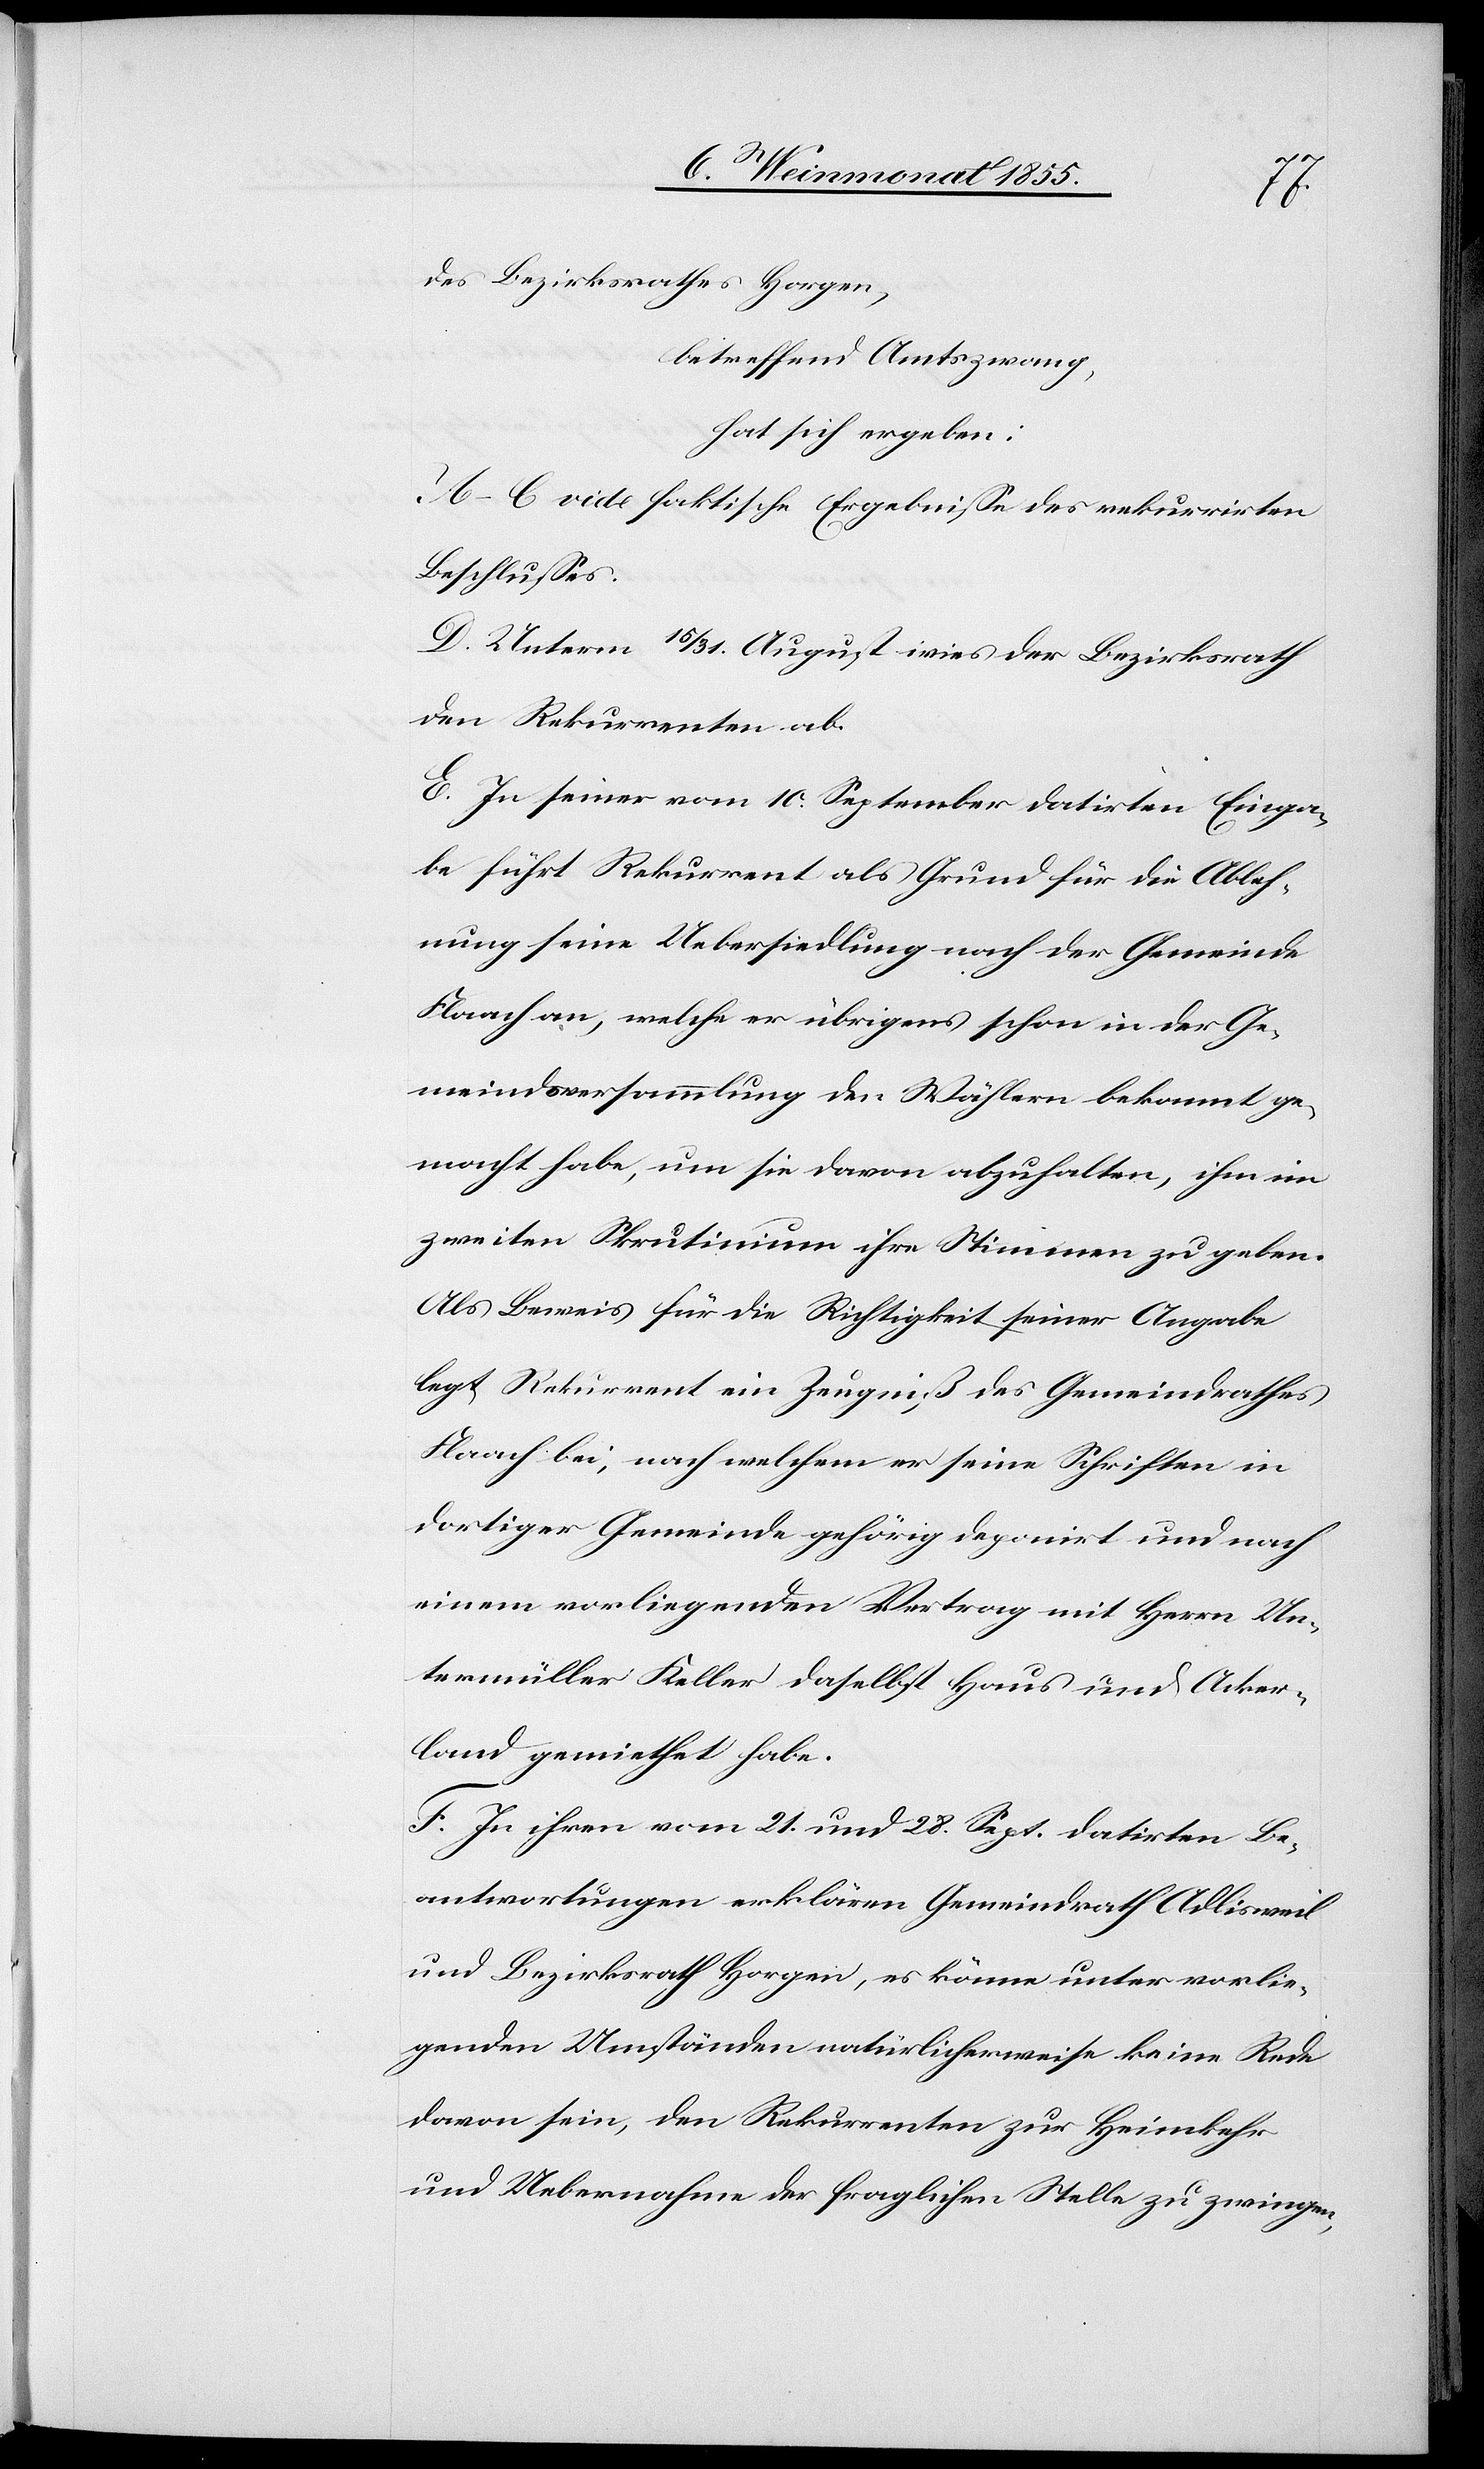
des Bezirksrathes Horgen,
betreffend Amtszwang,
hat sich ergeben:
A–C vide faktische Ergebnisse des rekurrirten
Beschlusses.
D. Unterm 15 / 31. August wies der Bezirksrath
den Rekurrenten ab.
E. In seiner vom 10. September datirten Einga¬
be führt Rekurrent als Grund für die Ableh¬
nung seine Uebersiedlung nach der Gemeinde
Flaach an, welche er übrigens schon in der Ge¬
meindsversammlung den Wählern bekannt ge¬
macht habe, um sie davon abzuhalten, ihm im
zweiten Skrutinium ihre Stimmen zu geben.
Als Beweis für die Richtigkeit seiner Angabe
legt Rekurrent ein Zeugniß des Gemeindrathes
Flaach bei, nach welchem er seine Schriften in
dortiger Gemeinde gehörig deponirt und nach
einem vorliegenden Vertrag mit Herrn Un¬
termüller Keller daselbst Haus und Acker¬
land gemiethet habe.
F. In ihren vom 21. und 28. Sept. datirten Be¬
antwortungen erklären Gemeindrath Adlisweil
und Bezirksrath Horgen, es könne unter vorlie¬
genden Umständen natürlicherweise keine Rede
davon sein, den Rekurrenten zur Heimkehr
und Uebernahme der fraglichen Stelle zu zwingen,